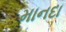
માનદા